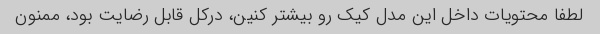
لطفا محتویات داخل این مدل کیک رو بیشتر کنین، درکل قابل رضایت بود، ممنون